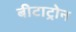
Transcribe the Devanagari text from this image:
बीटाट्रोन